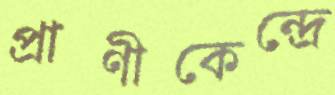
প্রাণীকেন্দ্রে